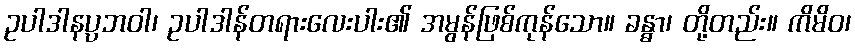
ဥပါဒါနပ္ပဘဝါ၊ ဥပါဒါန်တရားလေးပါး၏ အမွန်ဖြစ်ကုန်သော။ ခန္ဓာ၊ တို့တည်း။ ကိမိဝ၊